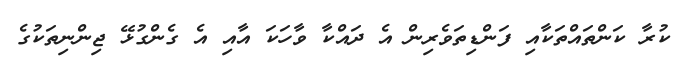
ކުރާ ކަންތައްތަކާއި ފަންޑިތަވެރިން އެ ދައްކާ ވާހަކަ އާއި އެ ގެންގުޅޭ ޖިންނިތަކުގެ